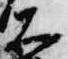
大